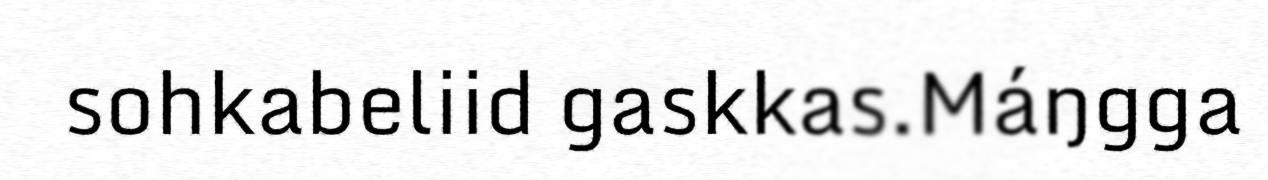
sohkabeliid gaskkas.Máŋgga